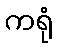
ကရုံ